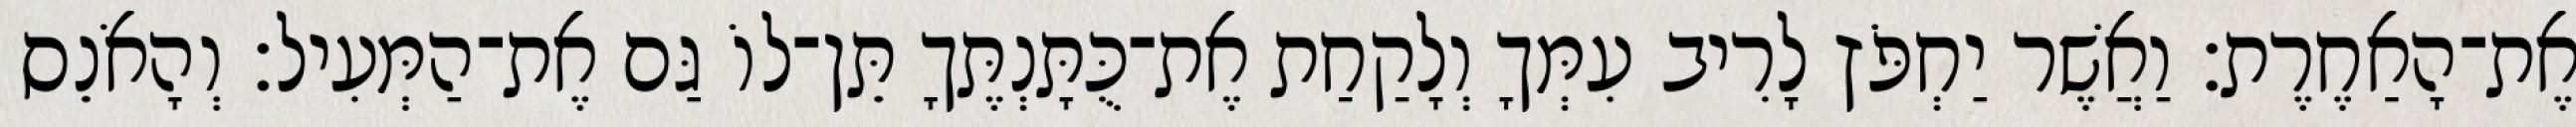
אֶת־הָאַחֶרֶת׃ וַאֲשֶׁר יַחְפֹּץ לָרִיב עִמְּךָ וְלָקַחַת אֶת־כֻּתָּנְתֶּךָ תֵּן־לוֹ גַּם אֶת־הַמְּעִיל׃ וְהָאֹנֵס